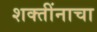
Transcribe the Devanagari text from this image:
शक्तींनाचा